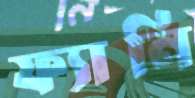
ফ্যানি